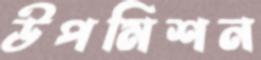
উপমিশন